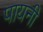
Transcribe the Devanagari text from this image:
पायनी